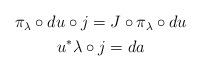
LaTeX: \begin{align*}\begin{gathered}\pi_{\lambda}\circ du\circ j=J\circ \pi_{\lambda}\circ du \\u^{*}\lambda\circ j=da\end{gathered}\end{align*}